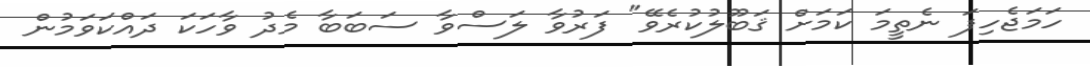
ހަމަޖެހިފަ ނެތީމަ ކަމަށް ޤަބޫލުކުރެވޭ" ފަރުވާ ލަސްވާ ސަބަބާ މެދު ވާހަކަ ދައްކަވަމުން